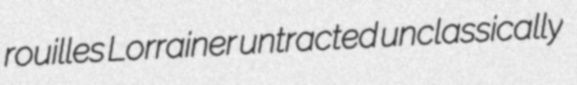
rouilles Lorrainer untracted unclassically